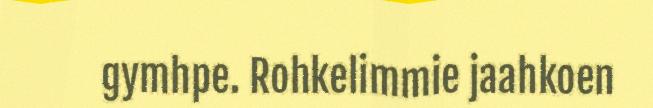
gymhpe. Rohkelimmie jaahkoen